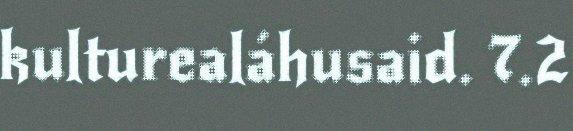
kulturealáhusaid. 7.2